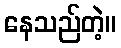
နေသည်တဲ့။